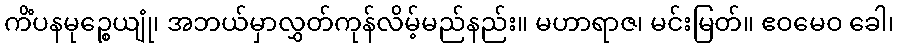
ကိံပနမုဉ္စေယျုံ၊ အဘယ်မှာလွှတ်ကုန်လိမ့်မည်နည်း။ မဟာရာဇ၊ မင်းမြတ်။ ဧဝမေဝ ခေါ၊